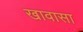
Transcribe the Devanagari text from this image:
खावासा